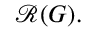
{ \mathcal { R } } ( G ) .